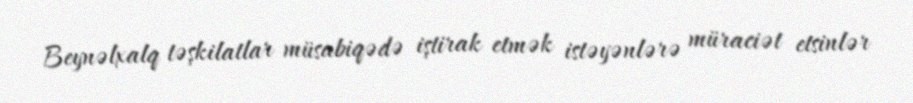
Beynəlxalq təşkilatlar müsabiqədə iştirak etmək istəyənlərə müraciət etsinlər